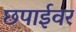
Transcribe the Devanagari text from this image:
छपाईवर